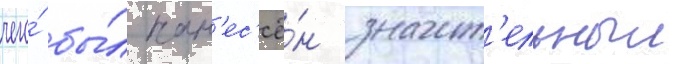
чего́ бы́л нан'ес'ё́н значит'ельныи